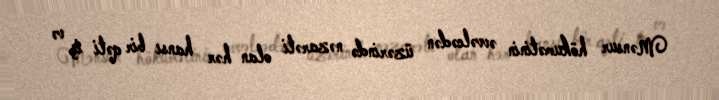
Mənsur hökumətinin əvvəlcədən üzərində nəzarəti olan hər hansı bir qəti iş və